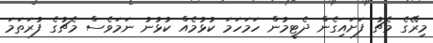
މިރޭގެ މެޗު ފަށައިގެން ދެޓީމުން ހަމަހަމަ ކުޅުމެއް ކުޅުނު ނަމަވެސް މެޗުގެ ފުރަތަމަ